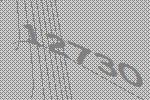
12730